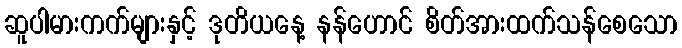
ဆူပါမားကက်များနှင့် ဒုတိယနေ့ နန်ဟောင် စိတ်အားထက်သန်စေသော